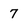
Character: 7